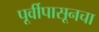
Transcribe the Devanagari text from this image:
पूर्वीपासूनचा